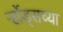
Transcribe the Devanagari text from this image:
र्ऱ्होड्सच्या